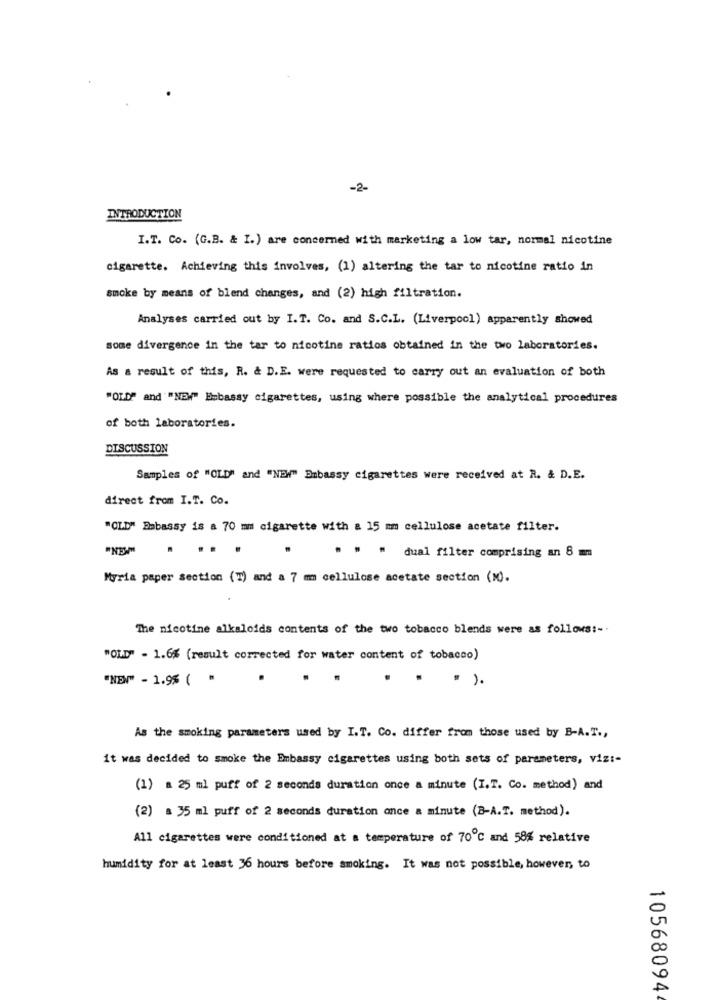
-2-
INTRODUCTION
I.T. Co. (G.B. & I.) are concerned with marketing a low tar, normal nicotine
cigarette. Achieving this involves, (1) altering the tar to nicotine ratio in
smoke by means of blend changes, and (2) high filtration.
Analyses carried out by I.T. Co. and S.C.L. (Liverpool) apparently showed
some divergence in the tar to nicotine ratios obtained in the two laboratories.
As a result of this, R. & D.E. were requested to carry out an evaluation of both
"OLD" and "NEW" Embassy cigarettes, using where possible the analytical procedures
of both laboratories.
DISCUSSION
Samples of "OLD" and "NEW" Embassy cigarettes were received at R. & D.E.
direct from I.T. Co.
"OLD" Embassy is a 70 mm cigarette with a 15 mm cellulose acetate filter.
.
.. .
. " " dual filter comprising an 8 mm
Myria paper section (T) and a 7 mm cellulose acetate section (N).
The nicotine alkaloids contents of the two tobacco blends were as follows :-.
"OLD" - 1.6% (result corrected for water content of tobacco)
"NEN" - 1.9% ( "
.
. ).
As the smoking parameters used by I.T. Co. differ from those used by B-A.T .,
it was decided to smoke the Embassy cigarettes using both sets of parameters, viz :-
(1) a 25 ml puff of 2 seconds duration once a minute (I.T. Co. method) and
(2) a 35 ml puff of 2 seconds duration once a minute (B-A.T. method).
All cigarettes were conditioned at a temperature of 70℃ and 58% relative
humidity for at least 36 hours before smoking. It was not possible, however, to
10568094